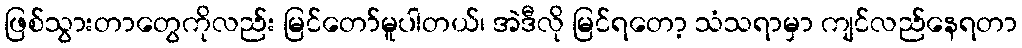
ဖြစ်သွားတာတွေကိုလည်း မြင်တော်မူပါတယ်၊ အဲဒီလို မြင်ရတော့ သံသရာမှာ ကျင်လည်နေရတာ